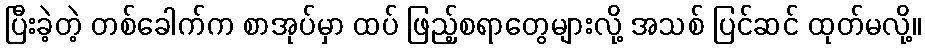
ပြီးခဲ့တဲ့ တစ်ခေါက်က စာအုပ်မှာ ထပ် ဖြည့်စရာတွေများလို့ အသစ် ပြင်ဆင် ထုတ်မလို့။